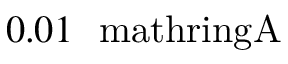
0 . 0 1 \ \mathrm { \ m a t h r i n g { A } }